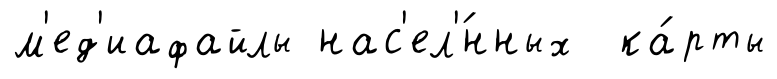
м'ед'иафайлы нас'ел'́нных ка́рты